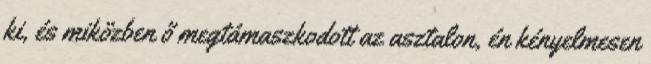
ki, és miközben ő megtámaszkodott az asztalon, én kényelmesen